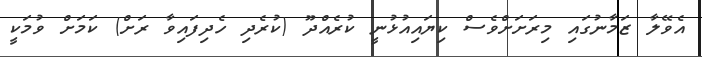
އެވޭލާ ޒަމާނުގައި މިރަށަށްވެސް ކިޔައިއުޅުނީ ކުރެއްދޫ (ކުރެދި ހެދިފައިވާ ރަށް) ކަމަށް ވުމަކީ